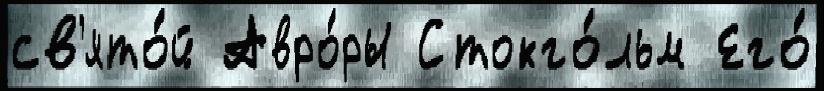
св'ято́й Авро́ры Стокго́льм Его́